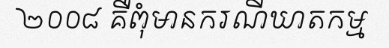
២០០៨ គឺពុំមានករណីឃាតកម្ម